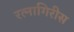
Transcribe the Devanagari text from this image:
रत्नागिरीस